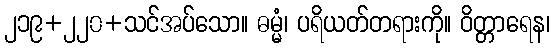
၂၁၉+၂၂၀+သင်အပ်သော။ ဓမ္မံ၊ ပရိယတ်တရားကို။ ဝိတ္တာရေန၊